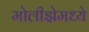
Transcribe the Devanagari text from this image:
मोलीझेमध्ये